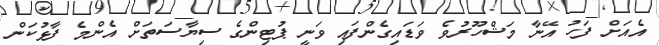
އެއަށް ފަހު އޭނާ މަޝްހޫރުވެ ވަޑައިގެންފައި ވަނީ ޕުޓިންގެ ސިޔާސަތަށް އެންމެ ފާޅުކަން